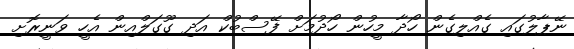
ނޭޕާލުގައި ގެއްލިގެން ހޯދާ މީހުން ހޯދުމަށް ފޭސްބުކް އަދި ގޫގަލްއިން އެހީ ވަނީރޮށި